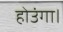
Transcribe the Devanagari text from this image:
होउंगा।